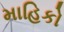
માહિકો